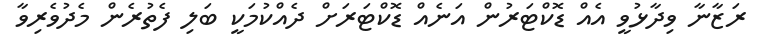
ރަޒާނާ ވިދާޅުވީ އެއް ޑޮކްޓަރުން އަނެއް ޑޮކްޓަރަށް ދެއްކުމަކީ ބަލި ފެތުރެން މެދުވެރިވާ